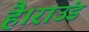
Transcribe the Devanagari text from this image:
है।राउंड